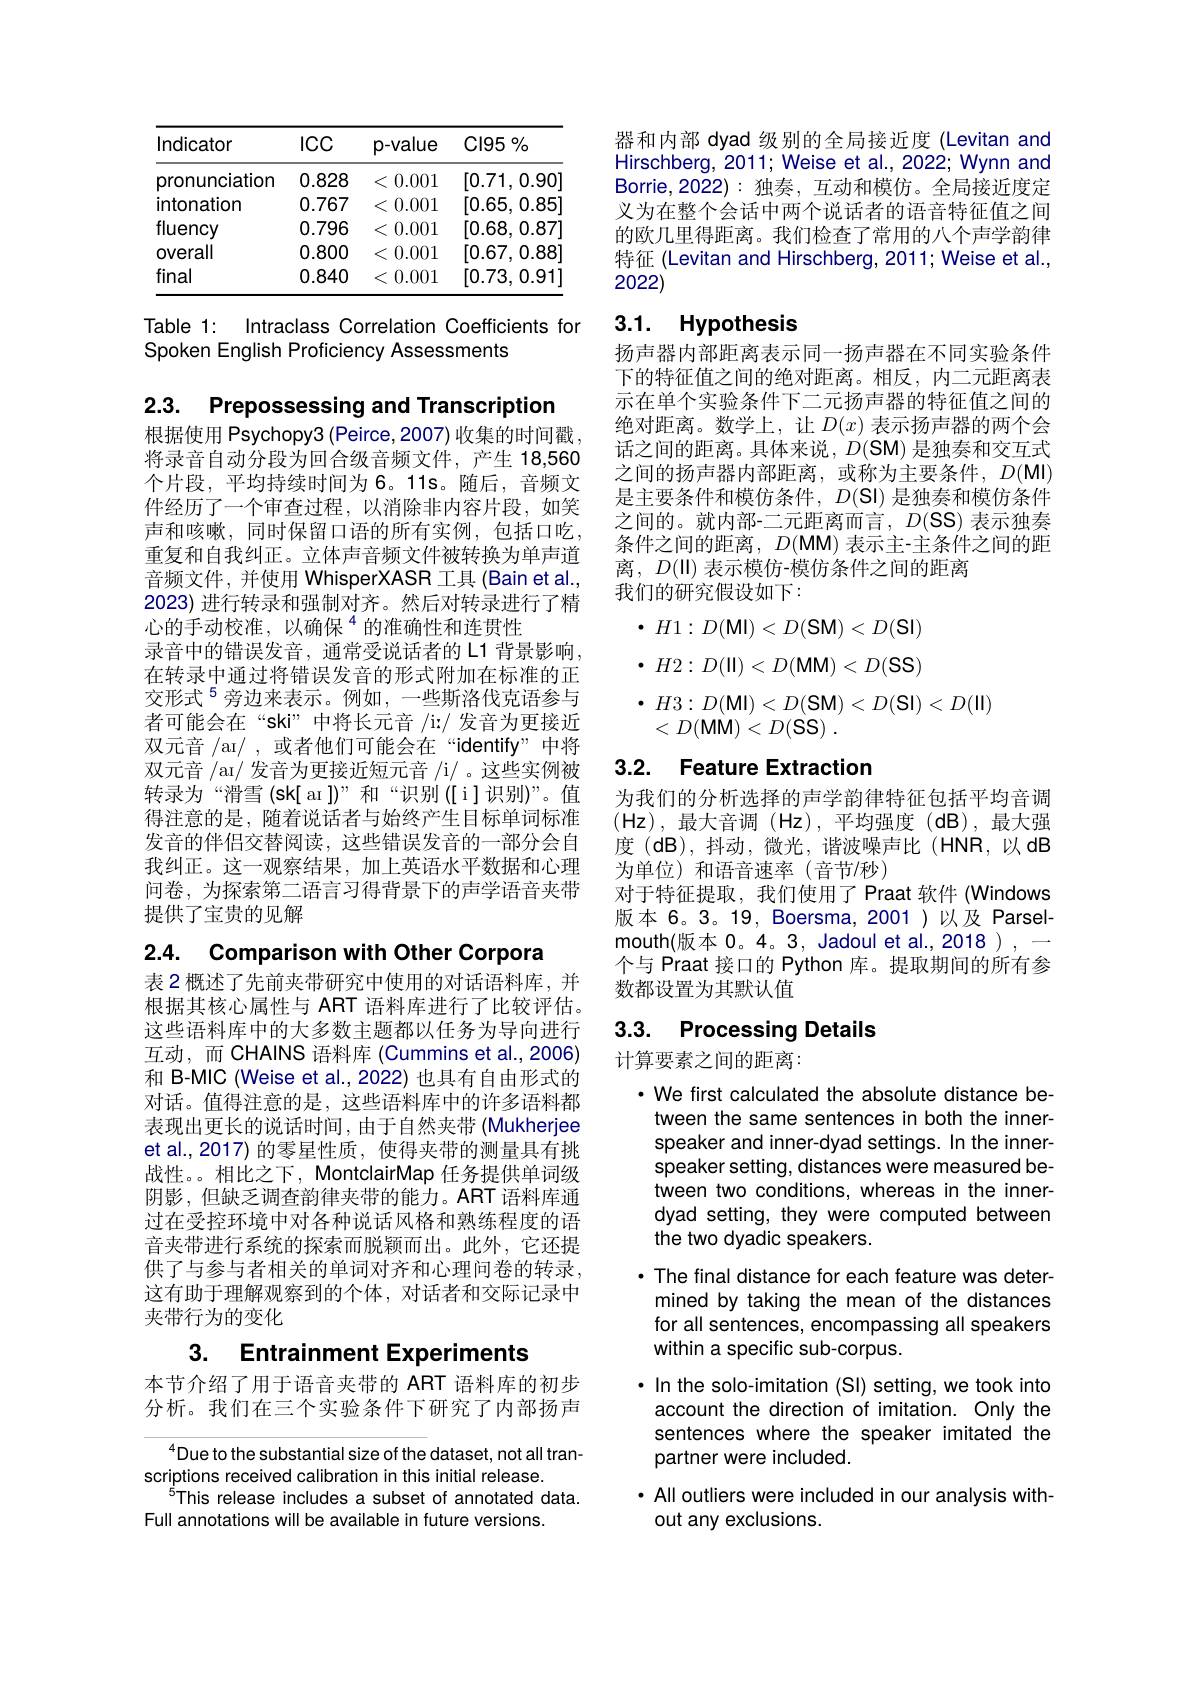
<table>
	<tbody>
		<tr>
			<th>Indicator</th>
			<th>$ICC$</th>
			<th>p-value</th>
			<th>Cl95 0/ o</th>
		</tr>
		<tr>
			<td>pronunciation</td>
			<td>0.828</td>
			<td>0.001 $\zeta$</td>
			<td>[0.71,0.90]</td>
		</tr>
		<tr>
			<td>intonation</td>
			<td>0.767</td>
			<td>0.001 $\zeta$</td>
			<td>[0.65,0.85]</td>
		</tr>
		<tr>
			<td>fluency</td>
			<td>0.796</td>
			<td>0.001</td>
			<td>[0.68,0.87]</td>
		</tr>
		<tr>
			<td>Overall</td>
			<td>0.800</td>
			<td>0.001 $\zeta$</td>
			<td>[0.67,0.88]</td>
		</tr>
		<tr>
			<td>final</td>
			<td>0.840</td>
			<td>0.001 $\zeta$</td>
			<td>[0.73,0.91]</td>
		</tr>
	</tbody>
</table>

Table 1: Intraclass Correlation Coefficients for
Spoken English Proficiency Assessments

2.3. Prepossessing and Transcription

根据使用 Psychopy3 (Peirce,2007) 收集的时间戳， 将录音自动分段为回合级音频文件，产生 18,560个片段，平均持续时间为 6。11s。随后，音频文件经历了一个审查过程，以消除非内容片段，如笑声和咳嗽，同时保留口语的所有实例，包括口吃重复和自我纠正。立体声音频文件被转换为单声道音频文件，并使用 WhisperXASR 工具 (Bain et al., 2023) 进行转录和强制对齐。然后对转录进行了精心的手动校准，以确保$^{4}$的准确性和连贯性
录音中的错误发音，通常受说话者的L1 背景影响， 在转录中通过将错误发音的形式附加在标准的正交形式$^{5}$旁边来表示。例如，一些斯洛伐克语参与者可能会在“ski”中将长元音 /i:/ 发音为更接近双元音 /ar/ ,或者他们可能会在“identify”中将双元音 /aı/ 发音为更接近短元音 /i/ 。这些实例被转录为“滑雪(sk[ar])”和“识别([i]识别)”。值得注意的是，随着说话者与始终产生目标单词标准发音的伴侣交替阅读，这些错误发音的一部分会自我纠正。这一观察结果，加上英语水平数据和心理问卷，为探索第二语言习得背景下的声学语音夹带提供了宝贵的见解

2.4. Comparison with Other Corpora
表 2 概述了先前夹带研究中使用的对话语料库，并根据其核心属性与 ART 语料库进行了比较评估。这些语料库中的大多数主题都以任务为导向进行互动，而 CHAINS 语料库 (Cummins et al.,2006) 和 B-MIC (Weise et al.,2022) 也具有自由形式的对话。值得注意的是，这些语料库中的许多语料都表现出更长的说话时间，由于自然夹带(Mukherjee et al.,2017) 的零星性质，使得夹带的测量具有挑战性。。相比之下，MontclairMap 任务提供单词级阴影 , 但缺乏调查韵律夹带的能力。ART 语料库通过在受控环境中对各种说话风格和熟练程度的语音夹带进行系统的探索而脱颖而出。此外，它还提供了与参与者相关的单词对齐和心理问卷的转录， 这有助于理解观察到的个体，对话者和交际记录中夹带行为的变化

# 3. Entrainment Experiments

本节介绍了用于语音夹带的 ART 语料库的初步分析。我们在三个实验条件下研究了内部扬声

$^{4}$Due to the substantial size of the dataset, not all tran-
scriptions received calibration in this initial release.
$^{5}$This release includes a subset of annotated data.
Full annotations will be available in future versions.

器和内部 dyad 级别的全局接近度 (Levitan and Hirschberg, 2011; Weise et al., 2022; Wynn and Borrie,2022):独奏，互动和模仿。全局接近度定义为在整个会话中两个说话者的语音特征值之间的欧几里得距离。我们检查了常用的八个声学韵律特征 (Levitan and Hirschberg, 2011; Weise et al., 2022)

# 3.1. Hypothesis

扬声器内部距离表示同一扬声器在不同实验条件下的特征值之间的绝对距离。相反，内二元距离表示在单个实验条件下二元扬声器的特征值之间的绝对距离。数学上，让$D(x)$表示扬声器的两个会话之间的距离。具体来说，$D(\mathbf{SM})$是独奏和交互式之间的扬声器内部距离，或称为主要条件，$D(\mathbf{MI})$ 是主要条件和模仿条件，$D(\mathbf{S}|)$是独奏和模仿条件之间的。就内部-二元距离而言，$D(\mathbf{SS})$表示独奏条件之间的距离，$D(\mathbf{MM})$表示主-主条件之间的距离$,D(\mathbf{II})$ 表示模仿-模仿条件之间的距离
我们的研究假设如下：
$\cdot H1:D(\mathbf{M}|)<D(\mathbf{S}\mathbf{M})<D(\mathbf{S}\mathbf{I})$
$$H2:D(\mathsf{II})<D(\mathsf{MM})<D(\mathsf{SS})$$
$\bullet H3:D(\mathbf{Ml})<D(\mathbf{SM})<D(\mathbf{Sl})<D(\mathbf{ll})$
$<D($MM$)<D($SS)

### 3.2. Feature Extraction

为我们的分析选择的声学韵律特征包括平均音调$(\mathsf{Hz})$,最大音调 (Hz),平均强度(dB),最大强度(dB),抖动，微光，谐波噪声比(HNR,以dB 为单位)和语音速率(音节/秒)
对于特征提取，我们使用了 Praat 软件 (Windows 版本 6。3。19, Boersma,2001)以及 Parselmouth(版本0。4。3, Jadoul et al., 2018), 一个与 Praat 接口的 Python 库。提取期间的所有参数都设置为其默认值

# 3.3. Processing Details

计算要素之间的距离：

· We first calculated the absolute distance between the same sentences in both the innerspeaker and inner-dyad settings. In the innerspeaker setting, distances were measured between two conditions, whereas in the innerdyad setting, they were computed between the two dyadic speakers.
· The final distance for each feature was determined by taking the mean of the distances for all sentences, encompassing all speakers within a specific sub-corpus.
·In the solo-imitation (SI) setting, we took into
account the direction of imitation. Only the sentences where the speaker imitated the partner were included.
· All outliers were included in our analysis with-
out any exclusions.